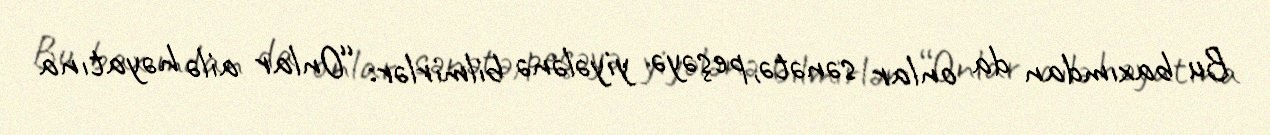
Bu baxımdan da onlar sənətə, peşəyə yiyələnə bilmirlər: “Onlar ailə həyatına